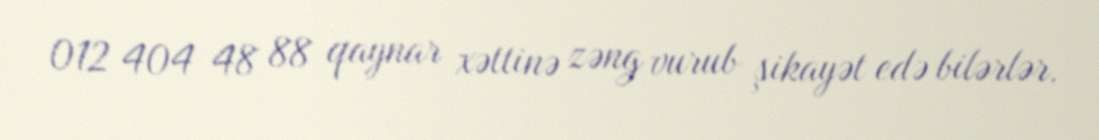
012 404 48 88 qaynar xəttinə zəng vurub şikayət edə bilərlər.